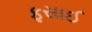
ફસાઈ